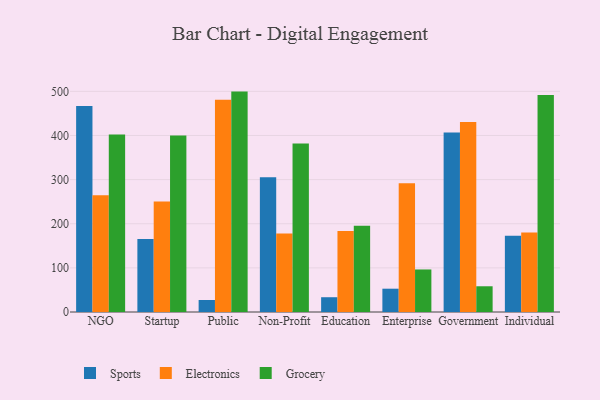
{"axis": {"x": "Segment", "y": "Gross Profit (USD K)"}, "legend": ["Electronics", "Grocery", "Sports"], "data": [{"x": "NGO", "y": 466.9, "type": "Sports"}, {"x": "NGO", "y": 264.3, "type": "Electronics"}, {"x": "NGO", "y": 402.2, "type": "Grocery"}, {"x": "Startup", "y": 165.2, "type": "Sports"}, {"x": "Startup", "y": 250.3, "type": "Electronics"}, {"x": "Startup", "y": 400.1, "type": "Grocery"}, {"x": "Public", "y": 27.2, "type": "Sports"}, {"x": "Public", "y": 480.9, "type": "Electronics"}, {"x": "Public", "y": 499.4, "type": "Grocery"}, {"x": "Non-Profit", "y": 305.3, "type": "Sports"}, {"x": "Non-Profit", "y": 178.1, "type": "Electronics"}, {"x": "Non-Profit", "y": 382.0, "type": "Grocery"}, {"x": "Education", "y": 33.5, "type": "Sports"}, {"x": "Education", "y": 183.7, "type": "Electronics"}, {"x": "Education", "y": 195.2, "type": "Grocery"}, {"x": "Enterprise", "y": 52.8, "type": "Sports"}, {"x": "Enterprise", "y": 291.7, "type": "Electronics"}, {"x": "Enterprise", "y": 96.4, "type": "Grocery"}, {"x": "Government", "y": 406.9, "type": "Sports"}, {"x": "Government", "y": 430.5, "type": "Electronics"}, {"x": "Government", "y": 58.3, "type": "Grocery"}, {"x": "Individual", "y": 172.6, "type": "Sports"}, {"x": "Individual", "y": 180.0, "type": "Electronics"}, {"x": "Individual", "y": 491.5, "type": "Grocery"}]}